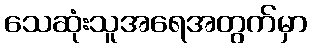
သေဆုံးသူအရေအတွက်မှာ